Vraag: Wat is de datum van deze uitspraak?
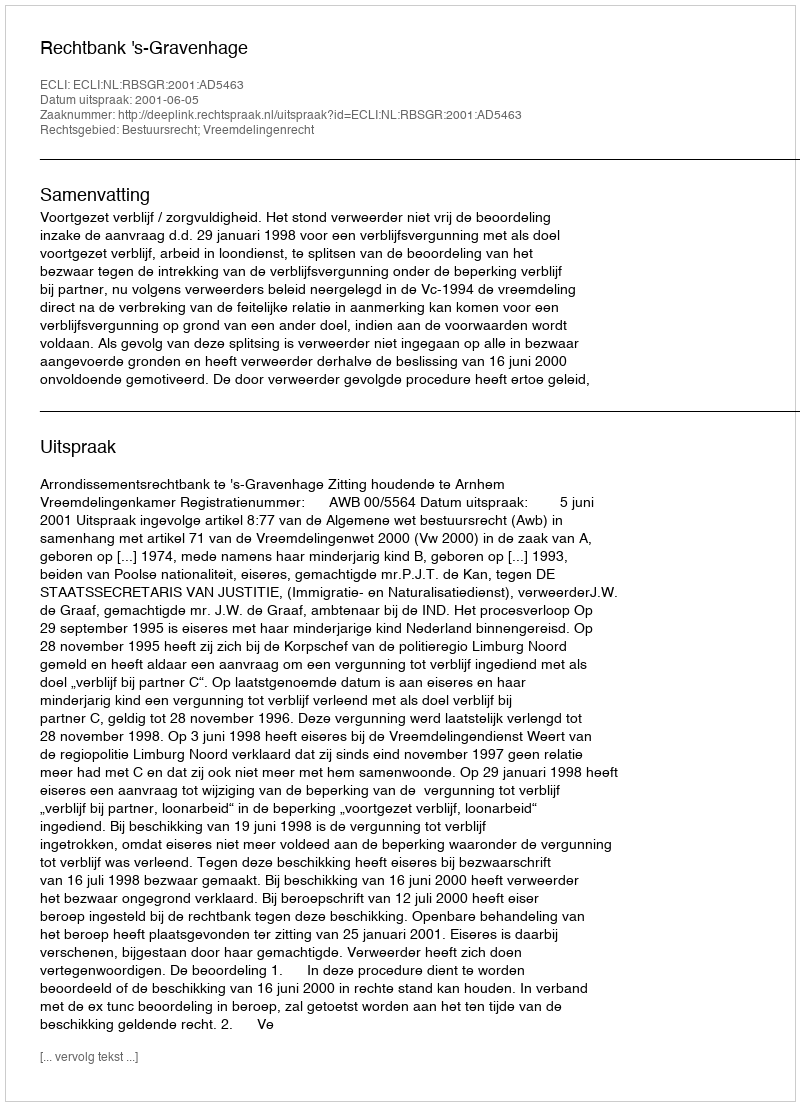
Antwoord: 2001-06-05